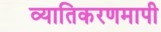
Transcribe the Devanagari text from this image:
व्यातिकरणमापी